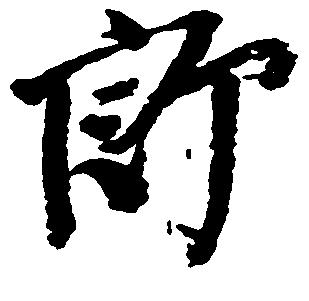
郎